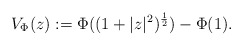
\begin{align*}V_{\Phi}(z):=\Phi((1+|z|^{2})^{\frac{1}{2}})-\Phi(1). \end{align*}